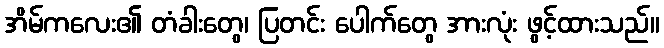
အိမ်ကလေး၏ တံခါးတွေ၊ ပြတင်း ပေါက်တွေ အားလုံး ဖွင့်ထားသည်။